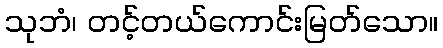
သုဘံ၊ တင့်တယ်ကောင်းမြတ်သော။